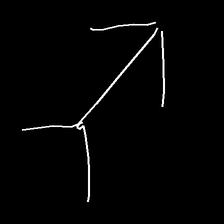
Glyph: gather